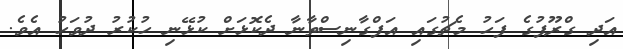
އަދި ގްރޫޕުގެ ފަހު މެޗުގައި އަފްގާނިސްތާނާ ދެކޮޅަށް ކުޅޭނި ހުކުރު ދުވަހު އެވެ.